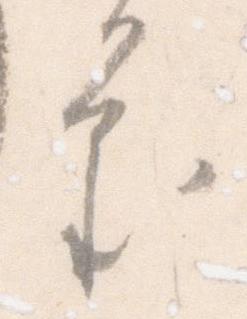
審